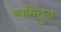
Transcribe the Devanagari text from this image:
रकमेतुन